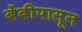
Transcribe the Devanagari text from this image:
बेंबीपासून